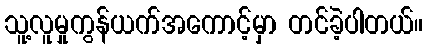
သူ့လူမှုကွန်ယက်အကောင့်မှာ တင်ခဲ့ပါတယ်။